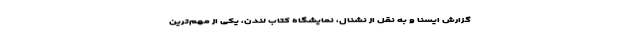
گزارش ایسنا و به نقل از نشنال، نمایشگاه کتاب لندن، یکی از مهم‌ترین